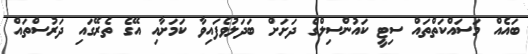
ބައެއް މަސައްކަތްތައް ސިޓީ ކައުންސިލްގެ ދަށަށް ބަދަލުވެފައިވާ ކަމަށާއި އޭގެ ތެރޭގައި ދަރުސްތައް